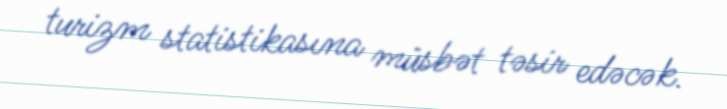
turizm statistikasına müsbət təsir edəcək.